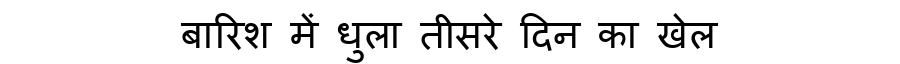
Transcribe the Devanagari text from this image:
बारिश में धुला तीसरे दिन का खेल